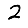
Digit: 2